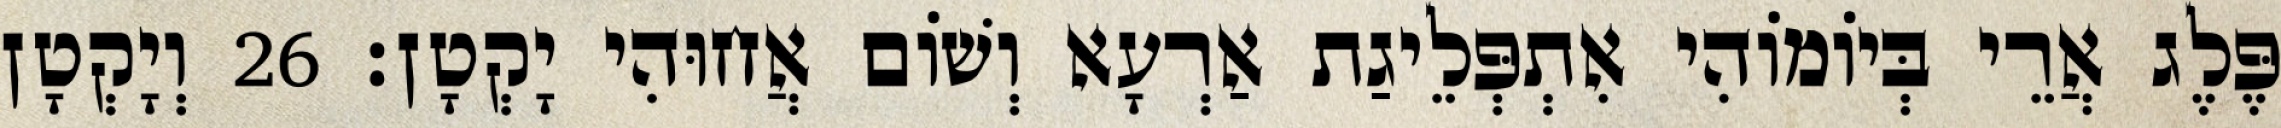
פֶּלֶג אֲרֵי בְּיוֹמוֹהִי אִתְפְּלֵיגַת אַרְעָא וְשׁוֹם אֲחוּהִי יָקְטָן׃ 26 וְיָקְטָן